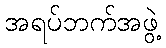
အရပ်ဘက်အဖွဲ့